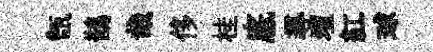
甑鵲哉侈桂底𡬶壇紅球